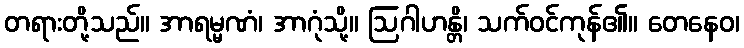
တရားတို့သည်။ အာရမ္မဏံ၊ အာဂုံသို့။ ဩဂါဟန္တိ၊ သက်ဝင်ကုန်၏။ တေနေဝ၊